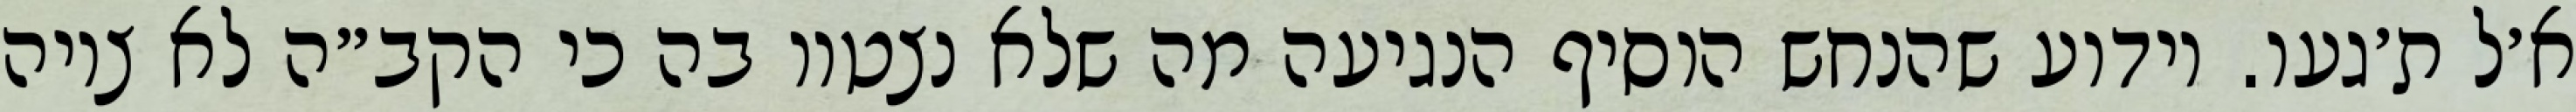
א׳ל ת׳געו. וידוע שהנחש הוסיף הנגיעה מה שלא נצטוו בה כי הקב״ה לא ציוה